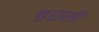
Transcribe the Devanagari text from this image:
हस्सी